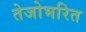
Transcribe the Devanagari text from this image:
तेजोभरित